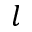
l